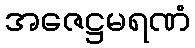
အဇေဋ္ဌမရဏံ